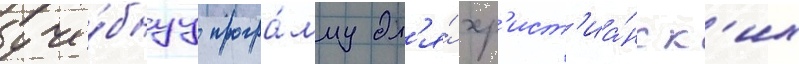
уче́бнуу програ́мму дл'я́ хр'ист'иа́нск'их